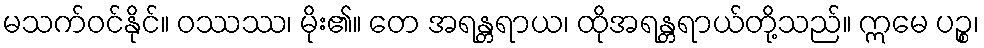
မသက်ဝင်နိုင်။ ဝဿဿ၊ မိုး၏။ တေ အရန္တရာယ၊ ထိုအရန္တရာယ်တို့သည်။ ဣမေ ပဉ္စ၊